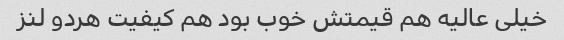
خیلی عالیه هم قیمتش خوب بود هم کیفیت هردو لنز